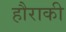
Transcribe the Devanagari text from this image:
हौराकी